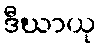
ဒီဃာယု